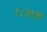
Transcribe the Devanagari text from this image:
१८७९ला